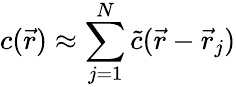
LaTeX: c(\vec{r})\approx\sum_{j=1}^{N}\tilde{c}(\vec{r}-\vec{r}_{j})